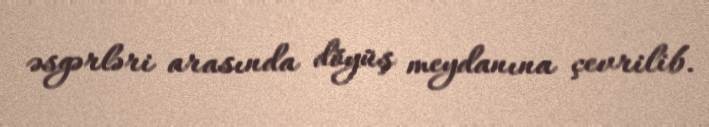
əsgərləri arasında döyüş meydanına çevrilib.